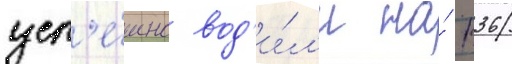
усп'е́шно вод'и́л'и на́ п36